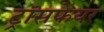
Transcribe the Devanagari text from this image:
ट्रांसफेयर